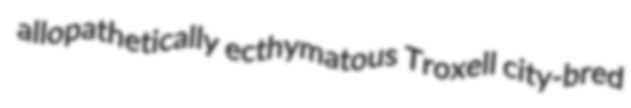
allopathetically ecthymatous Troxell city-bred